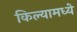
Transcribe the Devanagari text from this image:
किल्यामध्ये